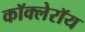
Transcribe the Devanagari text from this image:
कॉक्लेरॉय